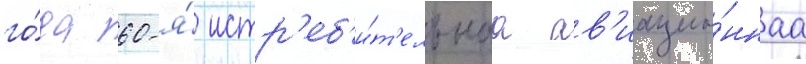
го́да 60-я́ истр'еб'и́т'ельнаа ав'иацио́ннаа